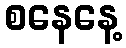
စနေနေ့